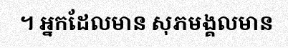
។ អ្នកដែលមាន សុភមង្គលមាន